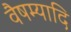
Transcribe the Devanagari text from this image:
वैषम्यादि